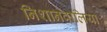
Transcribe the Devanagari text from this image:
निशानवालिया